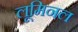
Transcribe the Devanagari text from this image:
लूमिनल